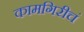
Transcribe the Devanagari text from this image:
कामगिरीचं